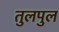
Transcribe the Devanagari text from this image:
तुलपुल